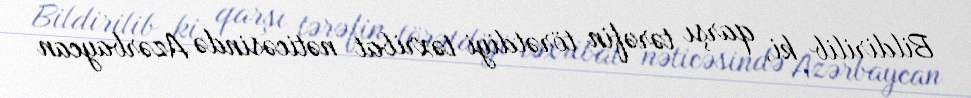
Bildirilib ki, qarşı tərəfin törətdiyi təxribat nəticəsində Azərbaycan